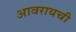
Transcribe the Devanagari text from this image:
आवरायची